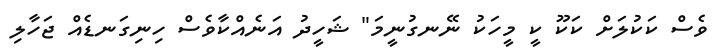
ވެސް ކަކުލަށް ކަކޫ ކީ މީހަކު ނޭނގުނީމަ" ޝަހީދު އަނެއްކާވެސް ހިނިގަނޑެއް ޖަހާލި